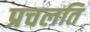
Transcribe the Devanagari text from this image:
प्रचलति